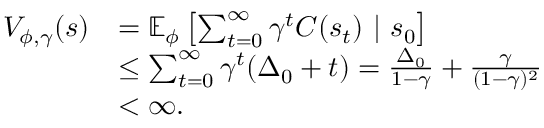
\begin{array} { r l } { V _ { \phi , \gamma } ( s ) } & { = \mathbb { E } _ { \phi } \left[ \sum _ { t = 0 } ^ { \infty } \gamma ^ { t } C ( s _ { t } ) \ | \ s _ { 0 } \right] } \\ & { \leq \sum _ { t = 0 } ^ { \infty } \gamma ^ { t } ( \Delta _ { 0 } + t ) = \frac { \Delta _ { 0 } } { 1 - \gamma } + \frac { \gamma } { ( 1 - \gamma ) ^ { 2 } } } \\ & { < \infty . } \end{array}